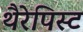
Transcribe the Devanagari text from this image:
थैरेपिस्ट